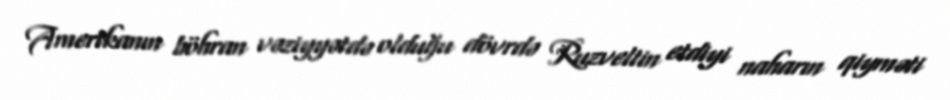
Amerikanın böhran vəziyyətdə olduğu dövrdə Ruzveltin etdiyi naharın qiyməti